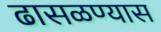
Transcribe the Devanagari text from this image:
ढासळण्यास